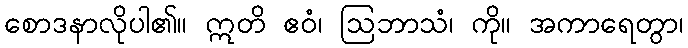
စောဒနာလိုပါ၏။ ဣတိ ဧဝံ၊ ဩဘာသံ၊ ကို။ အကာရေတွာ၊